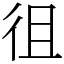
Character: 徂